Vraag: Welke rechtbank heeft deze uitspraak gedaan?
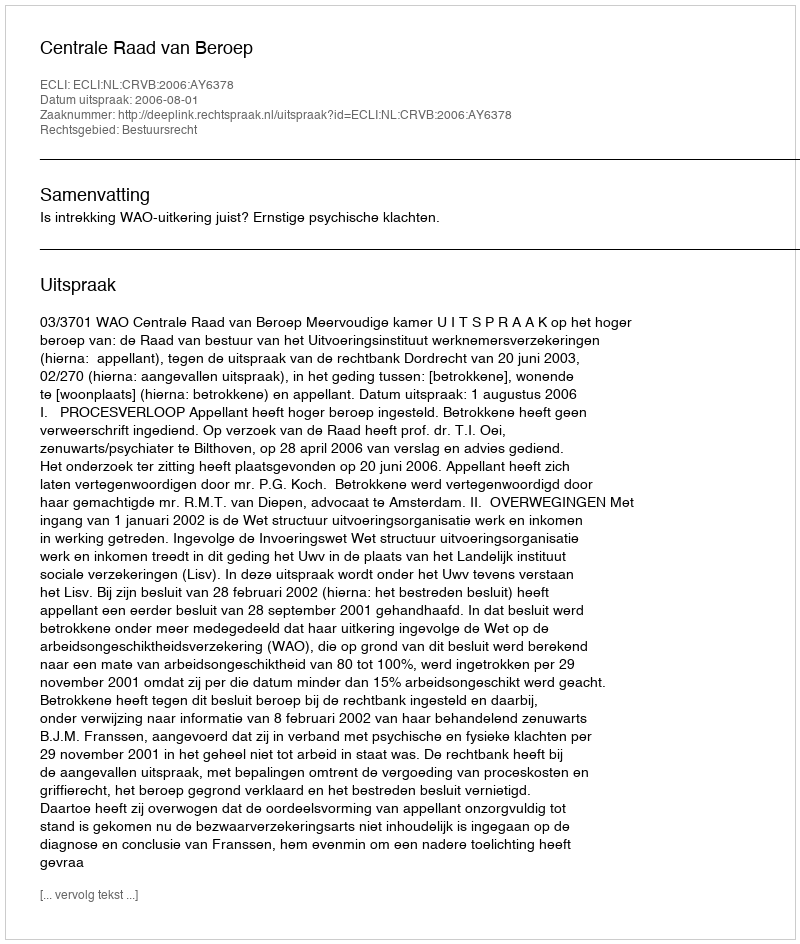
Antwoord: Centrale Raad van Beroep